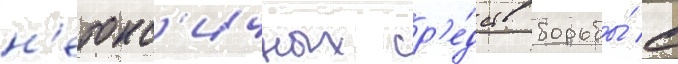
н'етокс'ичных ср'е́дств борьбы́ с